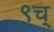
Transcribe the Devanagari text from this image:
९च्